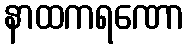
နာထကရဏော